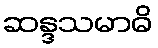
ဆန္ဒသမာဓိ